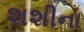
શશીના